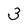
Character: 3